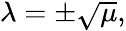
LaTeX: \begin{array}{r}{\lambda=\pm\sqrt{\mu},}\end{array}